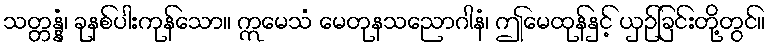
သတ္တန္နံ၊ ခုနစ်ပါးကုန်သော။ ဣမေသံ မေတုနသညောဂါနံ၊ ဤမေထုန်နှင့် ယှဉ်ခြင်းတို့တွင်။